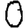
Digit: 0